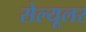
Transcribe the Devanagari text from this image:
सेल्‍यूलर